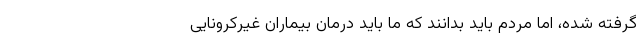
گرفته شده، اما مردم باید بدانند که ما باید درمان بیماران غیرکرونایی